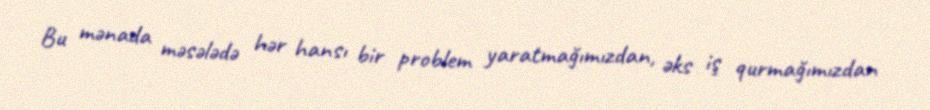
Bu mənada məsələdə hər hansı bir problem yaratmağımızdan, əks iş qurmağımızdan